Lunatic asylums in Bengal annual reports 1912-1924 - 1912-1924
Year: 1912
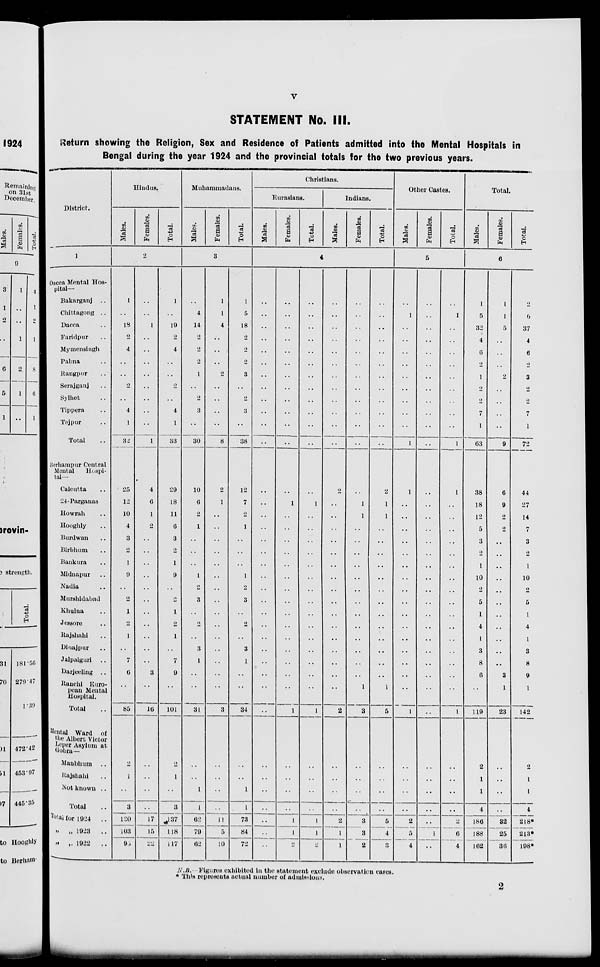
v
STATEMENT No. III.
Return showing the Religion, Sex and Residence of Patients admitted into the Mental Hospitals in
Bengal during the year 1924 and the provincial totals for the two previous years.
District.
1
Dacca Mental Hos-
pital—
Bakarganj
..
Chittagong ..
Dacca ..
Faridpur ..
Mymensingh
Pabna ..
Rangpur ..
Serajganj ..
Sylhet ..
Tippera ..
Tejpur ..
Total ..
Berhampur Central
Mental
Hospi-
tal—
Calcutta ..
24-Parganas
Howrah ..
Hooghly ..
Burdwan ..
Birbhum ..
Bankura ..
Midnapur ..
Nadia ..
Murshidabad
Khulna ..
Jessore ..
Rajshahi ..
Dioajpur ..
Jalpaiguri
..
Darjeeling
..
Ranchi Euro-
pean Mental
Hospital.
Total ..
Mental Ward of
the Albert Victor
Leper Asylum at
Gobra—
Manbhum
..
Rajshahi ..
Not known ..
Total ..
Total for 1924
..
„
„ 1923 ..
„
„ 1922
..
Hindus.
Males.
Females.
Total.
2
1
..
18
2
4
..
..
2
..
4
1
32
25
12
10
4
3
2
1
9
..
2
1
2
1
..
7
6
..
85
2
1
..
3
120
103
95
..
..
1
..
..
..
..
..
..
..
..
1
4
6
1
2
..
..
..
..
..
..
..
..
..
..
..
3
..
16
..
..
..
..
17
15
22
1
..
19
2
4
..
..
2
..
4
1
33
29
18
11
6
3
2
1
9
..
2
1
2
1
..
7
9
..
101
2
1
3
137
118
117
Muhammadans.
Males.
Females.
Total.
3
..
4
14
2
2
2
1
..
2
3
..
30
10
6
2
1
..
..
..
1
2
3
..
2
..
3
1
..
..
31
..
..
1
1
62
79
62
1
1
4
..
..
..
2
..
..
..
..
8
2
1
..
..
..
..
..
..
..
..
..
..
..
..
..
..
..
3
..
..
..
..
11
5
10
1
5
18
2
2
2
3
..
2
3
..
38
12
7
2
1
..
..
..
1
2
3
..
2
..
3
1
..
..
34
..
..
1
1
73
84
72
Christians.
Eurasians.
Males.
Females.
Total.
Indians.
Males.
Females.
Total.
4
..
..
..
..
..
..
..
..
..
..
..
..
..
..
..
..
..
..
..
..
..
..
..
..
..
..
..
..
..
..
..
..
..
..
..
..
..
..
..
..
..
..
..
..
..
..
..
..
..
..
1
..
..
..
..
..
..
..
..
..
..
..
..
..
..
..
1
..
..
..
..
1
1
2
..
..
..
..
..
..
..
..
..
..
..
..
..
1
..
..
..
..
..
..
..
..
..
..
..
..
..
..
..
1
..
..
..
..
1
1
2
..
..
..
..
..
..
..
..
..
..
..
..
2
..
..
..
..
..
..
..
..
..
..
..
..
..
..
..
..
2
..
..
..
..
2
1
1
..
..
..
..
..
..
..
..
..
..
..
..
..
1
1
..
..
..
..
..
..
..
..
..
..
..
..
..
1
3
..
..
..
..
3
3
2
..
..
..
..
..
..
..
..
..
..
..
..
2
1
1
..
..
..
..
..
..
..
..
..
..
..
..
..
1
5
..
..
..
..
5
4
3
Other Castes.
Males.
Females.
Total.
5
..
1
..
..
..
..
..
..
..
..
..
1
1
..
..
..
..
..
..
..
..
..
..
..
..
..
..
..
..
1
..
..
..
..
2
5
4
..
..
..
..
..
..
..
..
..
..
..
..
..
..
..
..
..
..
..
..
..
..
..
..
..
..
..
..
..
..
..
..
..
..
..
1
..
..
1
..
..
..
..
..
..
..
..
..
1
1
..
..
..
..
..
..
..
..
..
..
..
..
..
..
..
..
1
..
..
2
6
4
Total.
Males.
Females.
Total.
6
1
5
32
4
6
2
1
2
2
7
1
63
38
18
12
5
3
2
1
10
2
5
1
4
1
3
8
6
..
119
2
1
1
4
186
188
162
1
1
5
..
..
..
2
..
..
..
..
9
6
9
2
2
..
..
..
..
..
..
..
..
..
..
..
3
1
23
..
..
..
..
32
25
36
2
6
37
4
6
2
3
2
2
7
1
72
44
27
14
7
3
2
1
10
2
5
1
4
1
3
8
9
1
142
2
1
1
4
218*
213*
198*
N.B.— Figures exhibited in the statement exclude observation cases.
* This represents actual number of admissions.
2